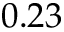
0 . 2 3